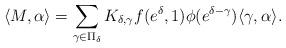
LaTeX: \begin{align*}\langle M,\alpha\rangle=\sum_{\gamma\in\Pi_{\delta}}K_{\delta,\gamma}f(e^{\delta},1)\phi(e^{\delta-\gamma})\langle\gamma,\alpha\rangle.\end{align*}